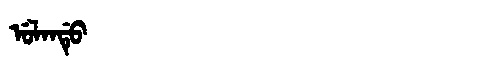
Manchu: ᡠᠯᠠᠨᡩᡠ
Romanization: ULANDU